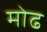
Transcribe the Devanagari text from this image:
मोढ